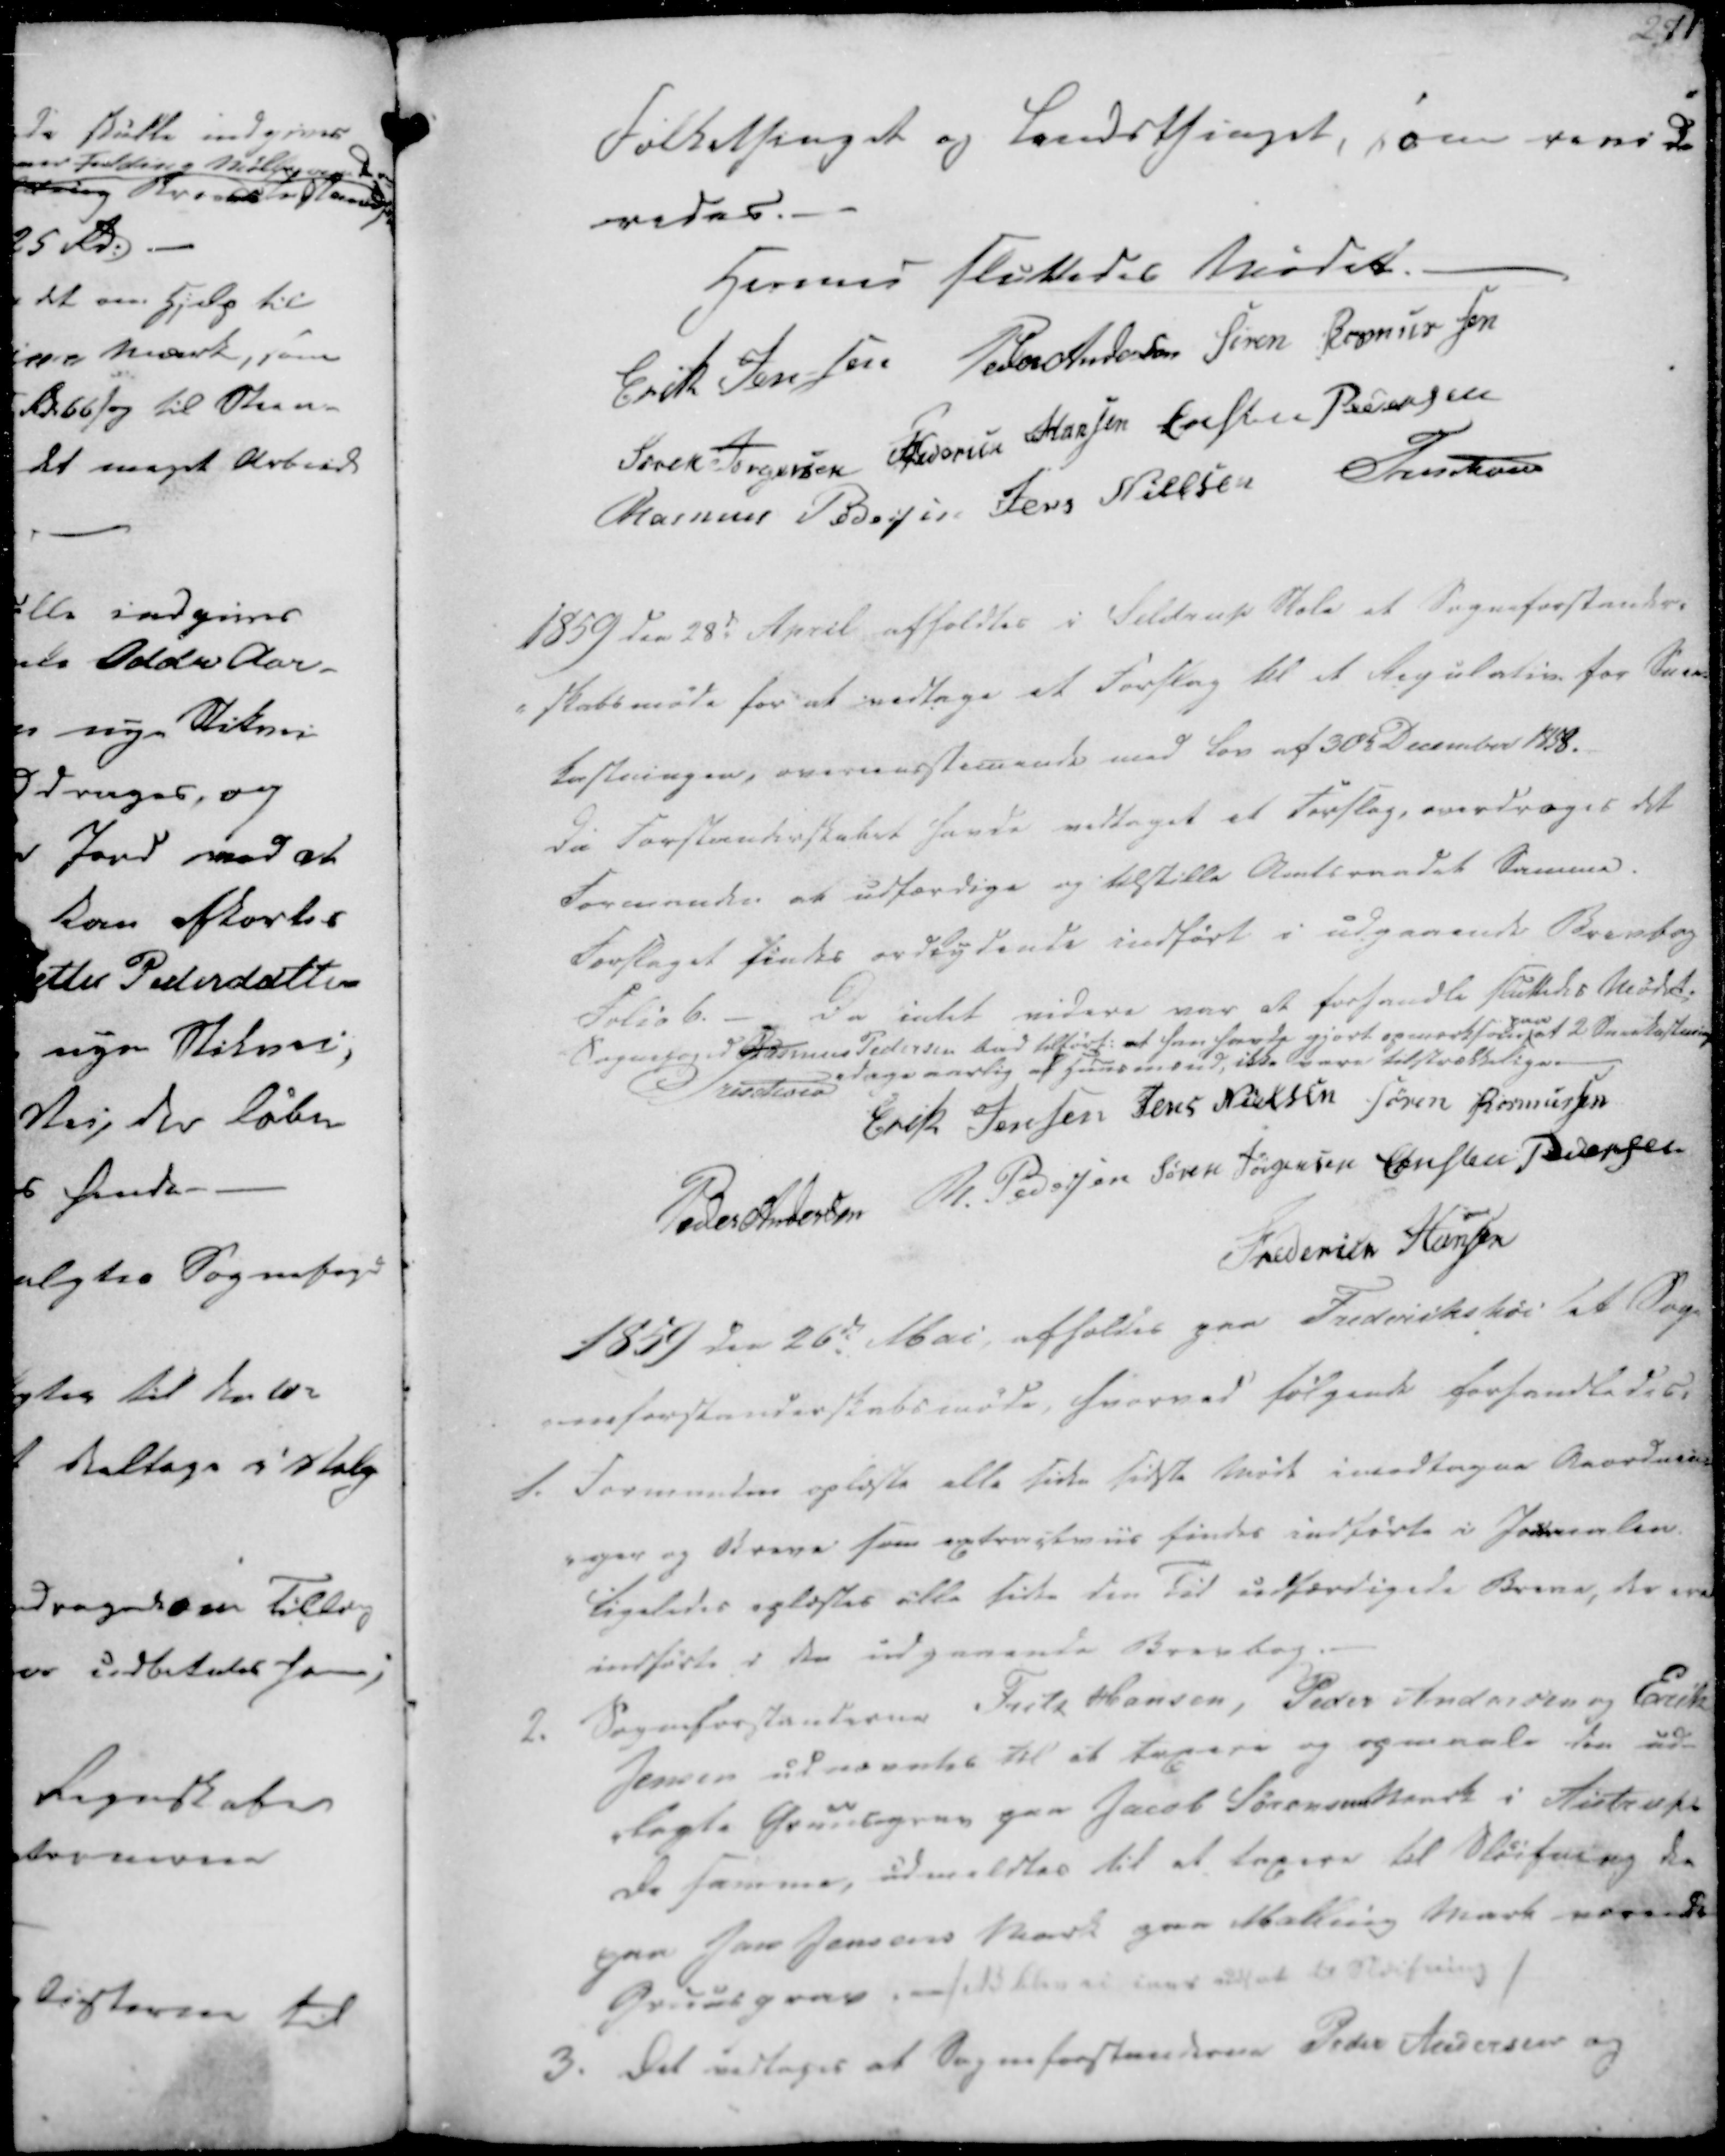
Transskription:
Folkethinget og Landsthinget, som revide
redes.
Hermed sluttedes Mødet.

Erik Jensen
Peder Andersen
Søren Rasmussen
Søren Jørgensen
Frederik Hansen
Christen Pedersen
Rasmus Pedersen
Jens Nielsen
Treschov

1859 den 28de April afholdtes i Seldrup Skole et Sogneforstander-
-skabsmøde for at vedtage et Forslag til et Regulativ for Snee-
kastningen, overensstemende med Lov af 30te December 1858.
Da Forstanderskabet havde vedtaget et Forslag, overdrages det
Formanden at udfærdige og tilstille Amtsraadet Samme.
Forslaget findes ordlydende indført i udgaaende Brevborg
Folio 6. - Da intet videre var at forhandle sluttedes Mødet.

Sognefoged Rasmus Pedersen bad tilført: at han havde gjort opmærksom
paa
at 2 Sneekastning
dage aarlig af Huusmænd, ikke vare tilstrækkelige.
Treschov
Erik Jensen
Jens Nielsen
Søren Rasmussen
Peder Andersen
R. Pedersen
Søren Jørgensen
Christen Pedersen
Frederich Hansen

1859 den 26de Mai, afholdes paa Frederikshøi et Sog-
neforstanderskabsmøde, hvorved følgende forhandledes:

1. Formanden oplæste alle siden sidste Møde imodtagne Anordnin-
-ger og Breve som extristviis findes indførte i Protocolen.
Ligeledes oplæstes alle siden den Tid udfærdigede Breve, der ere
indførte i den udgaaende Brevbog.
2. Sogneforstanderne Fredr Hansen, Peder Andersen og Erik
Jensen udnævntes til at taxere og opmaale den ud-
-lagte Gruusgrav paa Jacob Sørensens Mark i Aistrup.
De samme, udmeldtes til at taxere til Sløifning de
paa Jan Jensens Mark paa Malling Mark værende
Gruusgrav ansadk bleves er iaar udsat til Sløifning

3. Det vedtoges at Sogneforstanderne Peder Andersen og